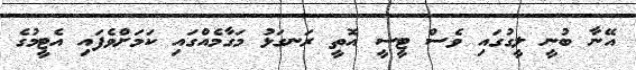
އޭނާ ބުނީ ލީގުގައި ވެސް ޓީސީ އޮތީ ރަނގަޅު މަގާމެއްގައި ކަމަށްވެފައި އެޓީމުގެ